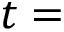
t =